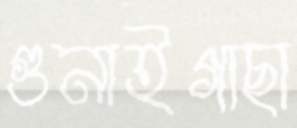
গুনাইগাছা